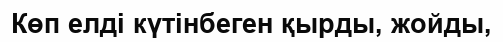
Көп елді күтінбеген қырды, жойды,